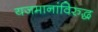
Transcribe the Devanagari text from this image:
यजमानांविरुद्ध